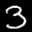
Label: 3